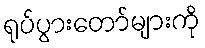
ရုပ်ပွားတော်များကို